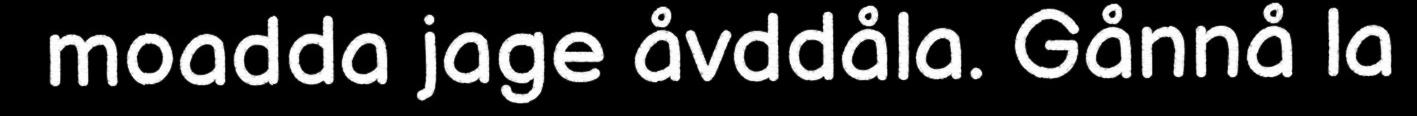
moadda jage åvddåla. Gånnå la